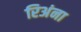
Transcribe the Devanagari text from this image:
रिअंना